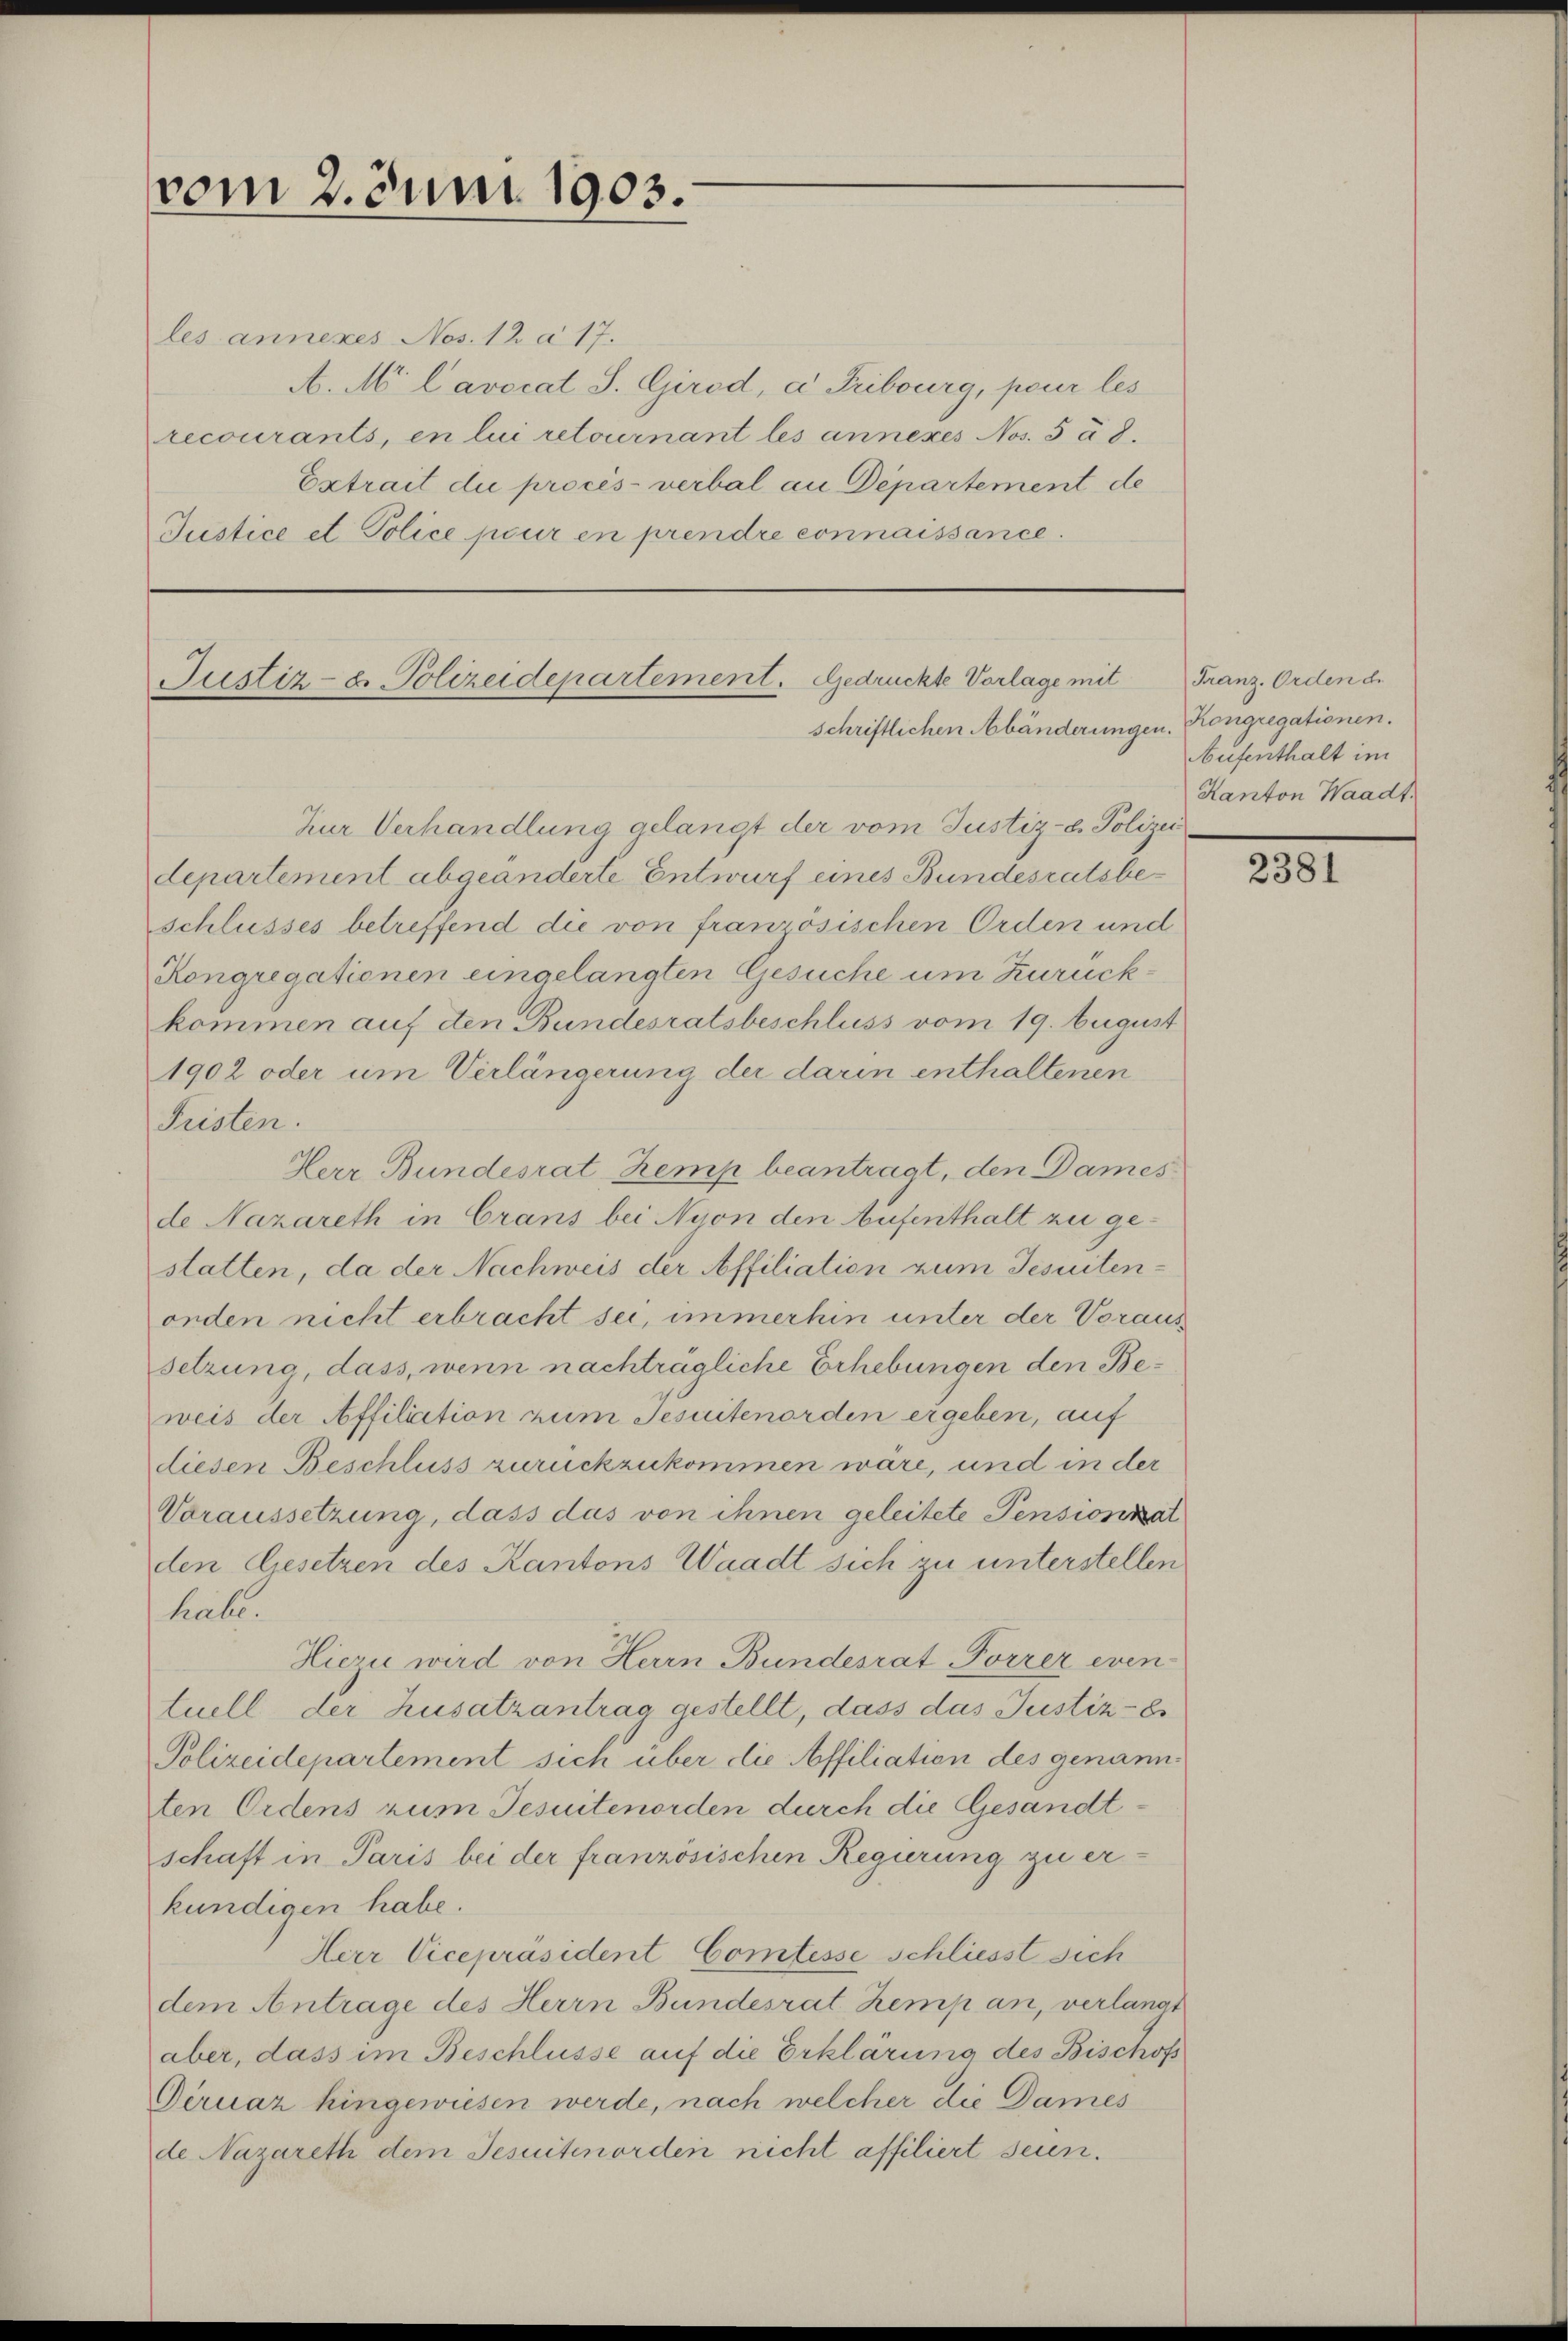
vom 2. Juni 1903.

les annexes Nos. 12 a 17.
A. M lavocat S. Girod, a Tribourg, pour les
recourants, en lui retournant les annexes Nos. 528.
Extrait du procès-verbal an Departement de
Justice et Police pour en prendre connaissance.

Justiz- & Polizeidepartement. Gedrückte Vorlage mit
schriftlichen Abänderungen. Kongregationen.

Zur Verhandlung gelangt der vom Justiz- u. Polizei
departement abgeänderte Entwurf eines Bundesratsbeschlusses betreffend die von französischen Orden und
Kongregationen eingelangten Gesuche um Zurückkommen auf den Bundesratsbeschluss vom 19. August
1902 oder um Verlängerung der darin enthaltenen
Fristen.
Herr Bundesrat Kemp beantragt, den Dames
de Nazareth in Crans bei Nyon den Aufenthalt zu gestatten, da der Nachweis der Affiliation zum Jesuitenonden nicht erbracht sei, immerhin unter der Voraussetzung dass, wenn nachträgliche Erhebungen den Beweis der Affiliation zum Jesuitenorden ergeben, auf
diesen Beschluss zurückzukommen wäre, und in der
Voraussetzung, dass das von ihnen geleitete Pensionsat
den Gesetzen des Kantons Waadt sich zu unterstellen
habe.
Hiezu wird von Herrn Bundesrat Forrer eventuell der Zusatzantrag gestellt, dass das Justiz-Es
Polizeidepartement sich über die Affiliation des genannten Ordens zum Jesuitenorden durch die Gesandtschaft in Paris bei der französischen Regierung zu erkundigen habe.
Herr Vicepräsident Comtesse schliesst sich
dem Antrage des Herrn Bundesrat Kemp an, verlangt
aber, dass im Beschlüsse auf die Erklärung des Bischofs
Deruaz hingewiesen werde, nach welcher die Dames
de Nazareth dem Jesuitenorden nicht affiliert seien.

Franz. Orden de
Aufenthalt im
Kanton Waadt.

2381